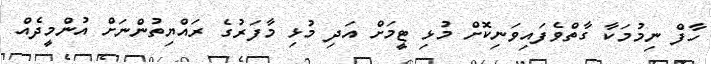
ހާފް ނިމުމަކާ ގާތްވެފައިވަނިކޮށް މުޅި ޓީމަށް އަދި މުޅި މާފަރުގެ ރައްޔިތުންނަށް އުންމީދެއް